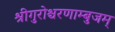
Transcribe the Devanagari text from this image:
श्रीगुरोश्चरणाम्बुजम्